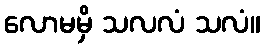
လောမမှိ သလလံ သလံ။